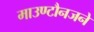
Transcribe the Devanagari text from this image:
माउण्टौनजने